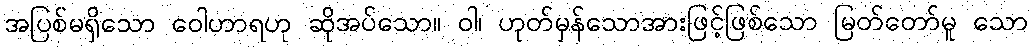
အပြစ်မရှိသော ဝေါဟာရဟု ဆိုအပ်သော။ ဝါ၊ ဟုတ်မှန်သောအားဖြင့်ဖြစ်သော မြတ်တော်မူ သော